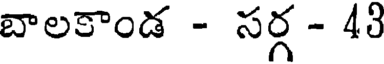
బాలకాండ - సర్గ - 43